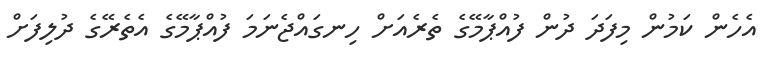
އެހެން ކަމުން މިފަދަ ދުން ފުއްޕާމޭގެ ތެރެއަށް ހިނގައްޖެނަމަ ފުއްޕާމޭގެ އެތެރޭގެ ދުލިފަށް